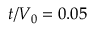
t / V _ { 0 } = 0 . 0 5